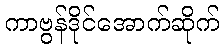
ကာဗွန်ဒိုင်အောက်ဆိုက်